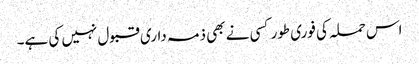
اس حملہ کی فوری طور کسی نے بھی ذمہ داری قبول نہیں کی ہے۔